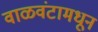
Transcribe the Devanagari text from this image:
वाळवंटामधून